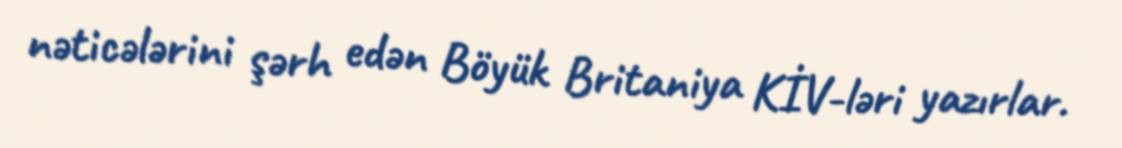
nəticələrini şərh edən Böyük Britaniya KİV-ləri yazırlar.